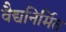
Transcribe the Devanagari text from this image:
वैद्यनिर्मित